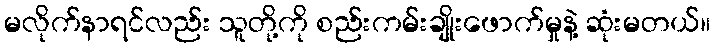
မလိုက်နာရင်လည်း သူတို့ကို စည်းကမ်းချိုးဖောက်မှုနဲ့ ဆုံးမတယ်။